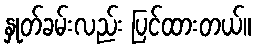
နှုတ်ခမ်းလည်း ပြင်ထားတယ်။